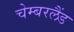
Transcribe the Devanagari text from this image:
चेम्बरलैंड